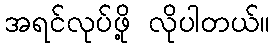
အရင်လုပ်ဖို့ လိုပါတယ်။